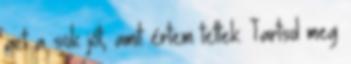
azt a sok jót, amit értem tettek. Tartsd meg